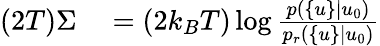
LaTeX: \begin{array}{rl}{(2T)\Sigma}&{{}=(2k_{B}T)\log\frac{p(\{ u\} |u_{0})}{p_{r}(\{ u\} |u_{0})}}\end{array}